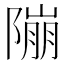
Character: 𨻱